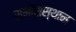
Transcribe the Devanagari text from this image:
सभीसंस्थान